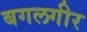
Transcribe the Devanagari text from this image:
बगलगीर